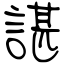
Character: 諶